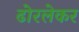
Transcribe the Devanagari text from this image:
ढोरलेकर